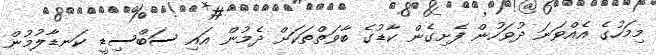
މިމަހުގެ އެއްވަނަ ދުވަހުން ފެށިގެން ކާޑުގެ ބާވަތްތަކަށް ދެމުން އައި ސަބްސިޑީ ކަނޑާލުމުން